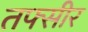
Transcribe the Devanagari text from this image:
तफ्सीर